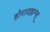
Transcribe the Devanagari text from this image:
होरायझन्स्